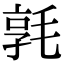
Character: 𣮢